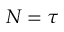
N = \tau